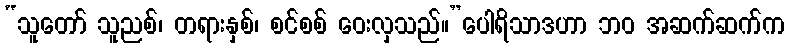
“သူတော် သူညစ်၊ တရားနှစ်၊ စင်စစ် ဝေးလှသည်။”ပေါရိသာဒဟာ ဘဝ အဆက်ဆက်က